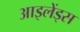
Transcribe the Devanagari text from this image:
आइलेंड्स